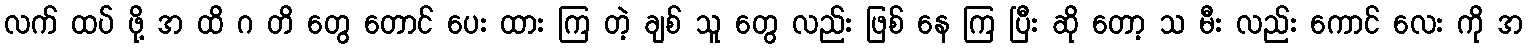
လက် ထပ် ဖို့ အ ထိ ဂ တိ တွေ တောင် ပေး ထား ကြ တဲ့ ချစ် သူ တွေ လည်း ဖြစ် နေ ကြ ပြီး ဆို တော့ သ မီး လည်း ကောင် လေး ကို အ